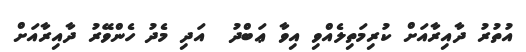
އުތުރު ދާއިރާއަށް ކުރިމަތިލެއްވި އިވާ ޢަބްދު  އަދި މެދު ހެންވޭރު ދާއިރާއަށް